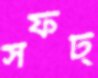
সফট্